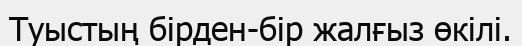
Туыстың бірден-бір жалғыз өкілі.